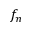
f _ { n }